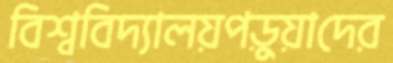
বিশ্ববিদ্যালয়পড়ুয়াদের